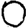
Digit: 0